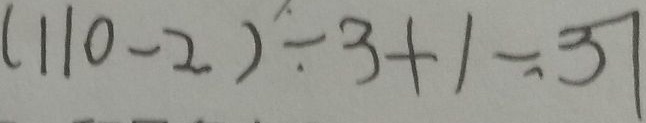
( 1 1 0 - 2 ) \div 3 + 1 = 3 7